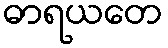
ဓာရယတေ